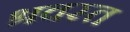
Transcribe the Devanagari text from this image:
श्रवस्त